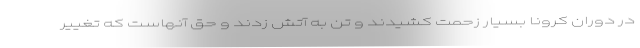
در دوران کرونا بسیار زحمت کشیدند و تن به آتش زدند و حق آنهاست که تغییر